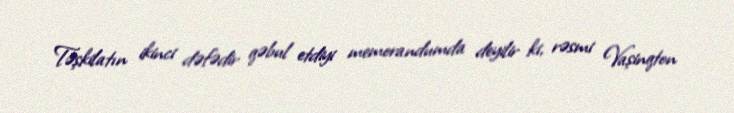
Təşkilatın ikinci dəfədir qəbul etdiyi memorandumda deyilir ki, rəsmi Vaşinqton